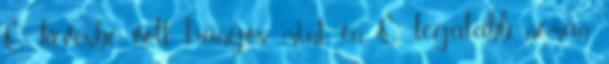
Ő kevésbé volt hangos mint én. Ő legalább némán